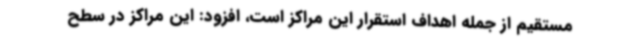
مستقیم از جمله اهداف استقرار این مراکز است، افزود: این مراکز در سطح